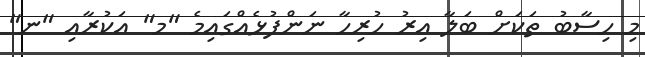
މި ހިސާބު ތަކަށް ބަލާ އިރު ހުރިހާ ނަންފުޅެއްގައިމެ "މ" އަކުރާއި "ނ"